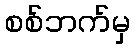
စစ်ဘက်မှ